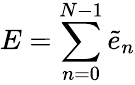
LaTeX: E=\sum_{n=0}^{N-1}\tilde{e}_{n}